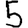
Digit: 5